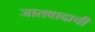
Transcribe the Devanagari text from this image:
जातवादाची